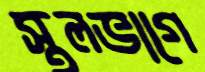
স্থলভাগে